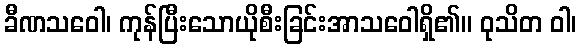
ခီဏသဝေါ၊ ကုန်ပြီးသောယိုစီးခြင်းအာသဝေါရှိ၏။ ဝုသိတ ဝါ၊